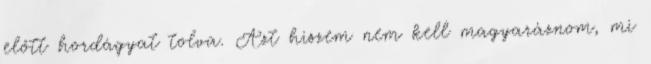
előtt hordágyat tolva. Azt hiszem nem kell magyaráznom, mi